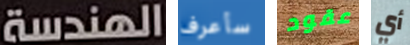
الهندسة سأعرف عقود أي